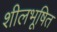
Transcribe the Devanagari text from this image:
शीलभूषित